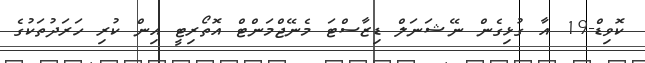
ކޮވިޑް-19 އާ ގުޅިގެން ނޭޝަނަލް ޑިޒާސްޓަ މެނޭޖްމަންޓް އޮތޯރިޓީ އިން ކުރި ހަރަދުތަކުގެ